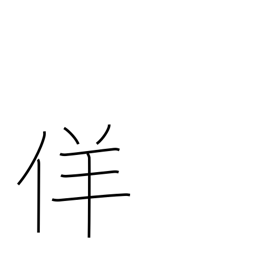
Meaning: false